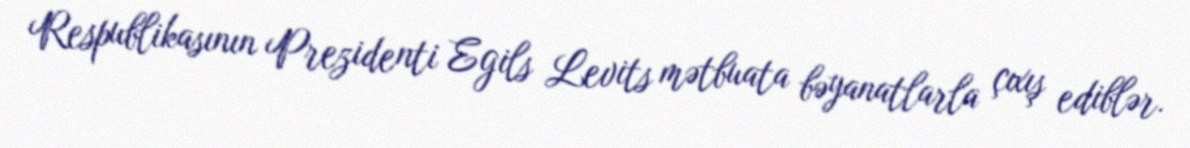
Respublikasının Prezidenti Egils Levits mətbuata bəyanatlarla çıxış ediblər.